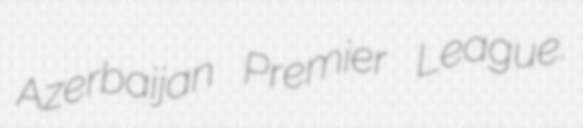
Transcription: Azerbaijan Premier League.